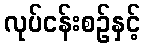
လုပ်ငန်းစဉ်နှင့်